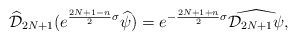
\begin{align*} \widehat{\mathcal{D}}_{2N+1}(e^{\frac{2N+1-n}{2}\sigma}\widehat{\psi}) =e^{-\frac{2N+1+n}{2}\sigma}\widehat{\mathcal{D}_{2N+1}\psi},\end{align*}